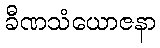
ခီဏသံယောဇနာ